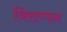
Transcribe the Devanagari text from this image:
विराप्पन